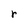
Character: r